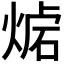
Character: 𤋛